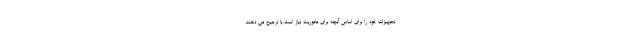
تجهیزات خود را برای اساس آنچه برای ماموریت نیاز است یا ترجیح می دهند،